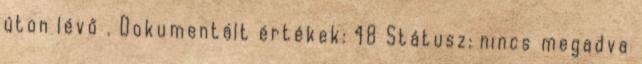
úton lévő . Dokumentált értékek: 48 Státusz: nincs megadva